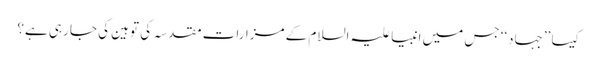
کیسا ’’جہاد‘‘ جس میں انبیا علیہ السلام کے مزاراتِ مقدسہ کی توہین کی جا رہی ہے؟